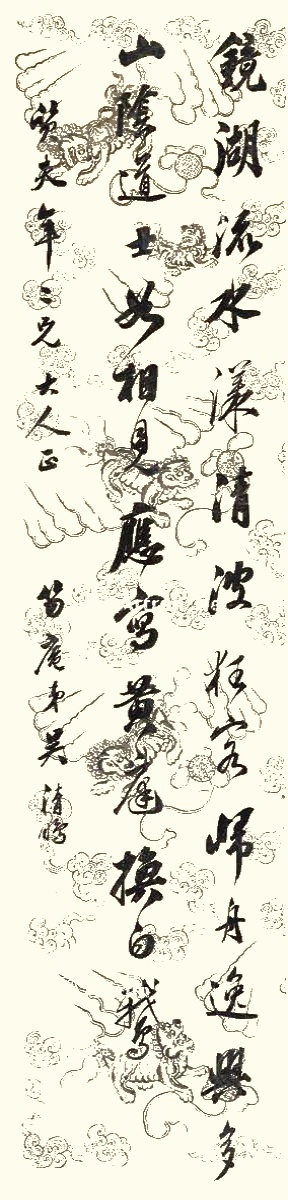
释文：镜湖流水漾清波，狂客归舟逸兴多。山阴道士如相见，应写黄庭换白鹅。质夫年二兄大人正，笏庵弟吴清鹏。